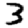
Digit: 3